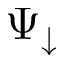
\Psi _ { \downarrow }